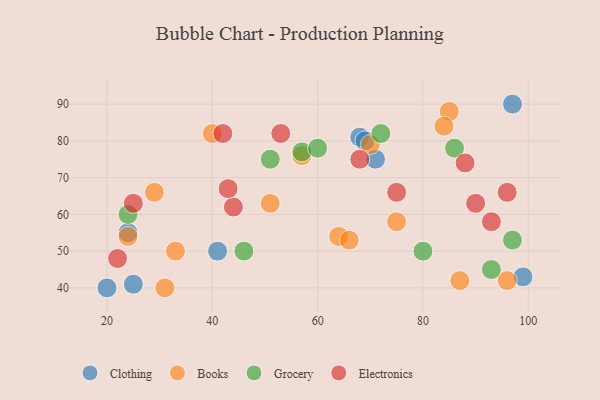
{"axis": {"x": "GDP", "y": "Life Expectancy"}, "legend": ["Books", "Clothing", "Electronics", "Grocery"], "data": [{"x": "97", "y": 90, "type": "Clothing"}, {"x": "41", "y": 50, "type": "Clothing"}, {"x": "99", "y": 43, "type": "Clothing"}, {"x": "20", "y": 40, "type": "Clothing"}, {"x": "68", "y": 81, "type": "Clothing"}, {"x": "25", "y": 41, "type": "Clothing"}, {"x": "71", "y": 75, "type": "Clothing"}, {"x": "69", "y": 80, "type": "Clothing"}, {"x": "24", "y": 55, "type": "Clothing"}, {"x": "87", "y": 42, "type": "Books"}, {"x": "40", "y": 82, "type": "Books"}, {"x": "57", "y": 76, "type": "Books"}, {"x": "85", "y": 88, "type": "Books"}, {"x": "70", "y": 79, "type": "Books"}, {"x": "31", "y": 40, "type": "Books"}, {"x": "64", "y": 54, "type": "Books"}, {"x": "24", "y": 54, "type": "Books"}, {"x": "33", "y": 50, "type": "Books"}, {"x": "84", "y": 84, "type": "Books"}, {"x": "75", "y": 58, "type": "Books"}, {"x": "29", "y": 66, "type": "Books"}, {"x": "66", "y": 53, "type": "Books"}, {"x": "51", "y": 63, "type": "Books"}, {"x": "96", "y": 42, "type": "Books"}, {"x": "46", "y": 50, "type": "Grocery"}, {"x": "51", "y": 75, "type": "Grocery"}, {"x": "57", "y": 77, "type": "Grocery"}, {"x": "93", "y": 45, "type": "Grocery"}, {"x": "60", "y": 78, "type": "Grocery"}, {"x": "80", "y": 50, "type": "Grocery"}, {"x": "24", "y": 60, "type": "Grocery"}, {"x": "72", "y": 82, "type": "Grocery"}, {"x": "97", "y": 53, "type": "Grocery"}, {"x": "86", "y": 78, "type": "Grocery"}, {"x": "68", "y": 75, "type": "Electronics"}, {"x": "44", "y": 62, "type": "Electronics"}, {"x": "43", "y": 67, "type": "Electronics"}, {"x": "53", "y": 82, "type": "Electronics"}, {"x": "42", "y": 82, "type": "Electronics"}, {"x": "90", "y": 63, "type": "Electronics"}, {"x": "96", "y": 66, "type": "Electronics"}, {"x": "22", "y": 48, "type": "Electronics"}, {"x": "93", "y": 58, "type": "Electronics"}, {"x": "25", "y": 63, "type": "Electronics"}, {"x": "88", "y": 74, "type": "Electronics"}, {"x": "75", "y": 66, "type": "Electronics"}]}